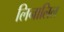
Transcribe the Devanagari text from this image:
लिनालिल